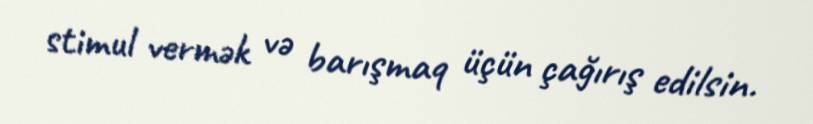
stimul vermək və barışmaq üçün çağırış edilsin.